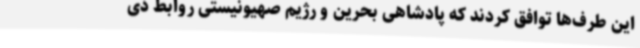
این طرف‌ها توافق کردند که پادشاهی بحرین و رژیم صهیونیستی روابط دی